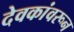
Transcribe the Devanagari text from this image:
देवकांवरून